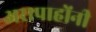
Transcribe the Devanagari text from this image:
अरापाहोंनी